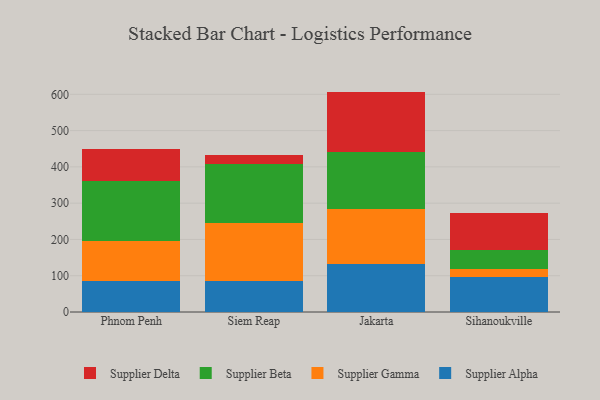
{"axis": {"x": "City", "y": "Revenue (USD Million)"}, "legend": ["Supplier Alpha", "Supplier Beta", "Supplier Delta", "Supplier Gamma"], "data": [{"x": "Phnom Penh", "y": 84.6, "type": "Supplier Alpha"}, {"x": "Phnom Penh", "y": 110.7, "type": "Supplier Gamma"}, {"x": "Phnom Penh", "y": 164.5, "type": "Supplier Beta"}, {"x": "Phnom Penh", "y": 90.2, "type": "Supplier Delta"}, {"x": "Siem Reap", "y": 85.0, "type": "Supplier Alpha"}, {"x": "Siem Reap", "y": 161.1, "type": "Supplier Gamma"}, {"x": "Siem Reap", "y": 162.3, "type": "Supplier Beta"}, {"x": "Siem Reap", "y": 25.1, "type": "Supplier Delta"}, {"x": "Jakarta", "y": 133.0, "type": "Supplier Alpha"}, {"x": "Jakarta", "y": 151.6, "type": "Supplier Gamma"}, {"x": "Jakarta", "y": 156.2, "type": "Supplier Beta"}, {"x": "Jakarta", "y": 166.7, "type": "Supplier Delta"}, {"x": "Sihanoukville", "y": 97.0, "type": "Supplier Alpha"}, {"x": "Sihanoukville", "y": 22.2, "type": "Supplier Gamma"}, {"x": "Sihanoukville", "y": 52.8, "type": "Supplier Beta"}, {"x": "Sihanoukville", "y": 99.6, "type": "Supplier Delta"}]}